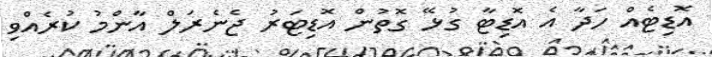
އޮޑިޓެއް ހަދާ އެ އޮޑިޓާ ގުޅޭ ގޮތުން އޮޑިޓަރު ޖެެނެރަލް އާންމު ކުރެއްވި